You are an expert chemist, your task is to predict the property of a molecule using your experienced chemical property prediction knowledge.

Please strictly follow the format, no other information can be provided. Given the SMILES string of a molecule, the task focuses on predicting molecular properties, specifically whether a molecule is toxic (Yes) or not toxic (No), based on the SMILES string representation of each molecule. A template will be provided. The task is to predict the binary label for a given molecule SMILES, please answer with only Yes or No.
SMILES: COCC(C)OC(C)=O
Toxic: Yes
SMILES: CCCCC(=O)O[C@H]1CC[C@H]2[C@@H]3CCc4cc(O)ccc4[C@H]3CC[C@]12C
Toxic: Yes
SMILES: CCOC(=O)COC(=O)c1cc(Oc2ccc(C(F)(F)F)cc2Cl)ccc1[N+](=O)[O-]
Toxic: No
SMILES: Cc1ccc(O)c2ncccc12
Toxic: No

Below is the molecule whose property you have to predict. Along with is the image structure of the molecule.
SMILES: C[C@H]1CNc2c(cccc2S(=O)(=O)N[C@@H](CCCNC(=N)N)C(=O)N2CC[C@@H](C)C[C@@H]2C(=O)O)C1
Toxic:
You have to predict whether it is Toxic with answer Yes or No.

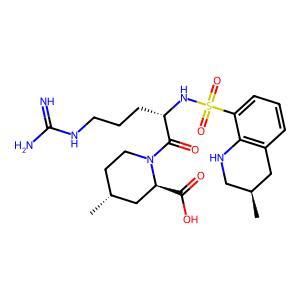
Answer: No